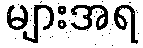
များအရ